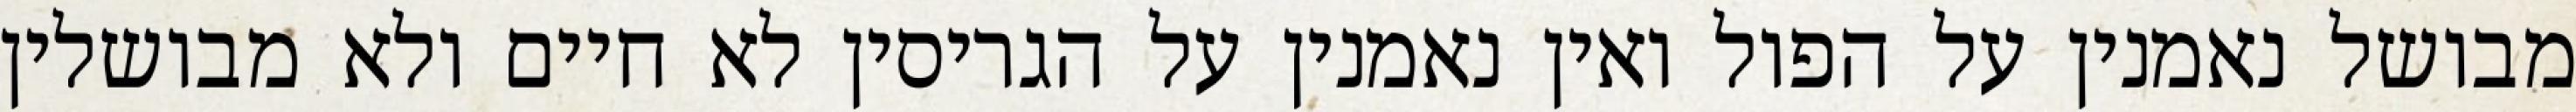
מבושל נאמנין על הפול ואין נאמנין על הגריסין לא חיים ולא מבושלין